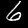
Digit: 6